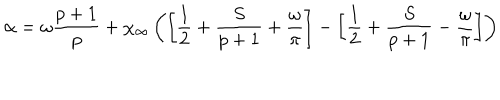
\alpha = \omega \displaystyle \frac { p + 1 } { p } + \chi _ { \infty } \left( \left[ \displaystyle \frac { 1 } { 2 } + \displaystyle \frac { S } { p + 1 } + \displaystyle \frac { \omega } { \pi } \right] - \left[ \displaystyle \frac { 1 } { 2 } + \displaystyle \frac { S } { p + 1 } - \displaystyle \frac { \omega } { \pi } \right] \right)